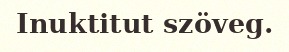
Inuktitut szöveg.